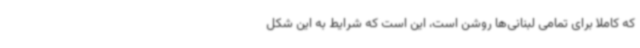
که کاملا برای تمامی لبنانی‌ها روشن است، این است که شرایط به این شکل